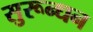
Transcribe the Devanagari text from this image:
सुरून्धन